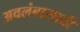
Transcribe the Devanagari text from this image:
अवलंबासाठी